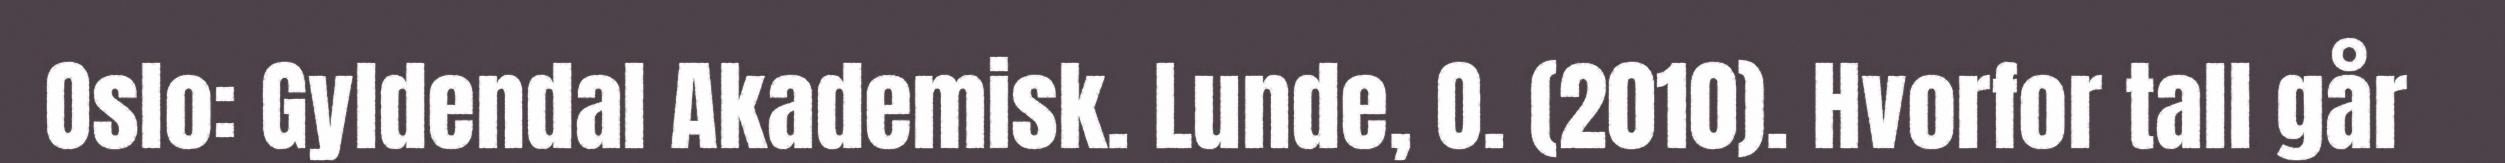
Oslo: Gyldendal Akademisk. Lunde, O. (2010). Hvorfor tall går